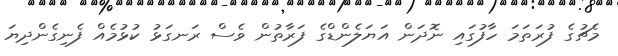
މެޗުގެ ފުރަތަމަ ހާފުގައި ނޮދަން އަޔަލެންޑްގެ ފަރާތުން ވެސް ރަނގަޅު ކުޅުމެއް ފެނިގެންދިޔަ